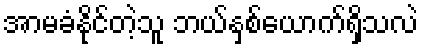
အာမခံနိုင်တဲ့သူ ဘယ်နှစ်ယောက်ရှိသလဲ